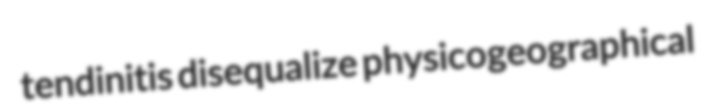
tendinitis disequalize physicogeographical